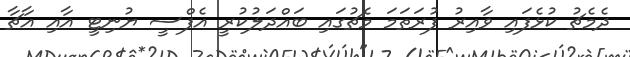
ދެމެޗު ކުޅެފައި ވާއިރު ފުރަތަމަ މެޗުގައި ބައްދަލުކުރީ އެފްސީ ޔުނިޓީ އާއި އާޗާ